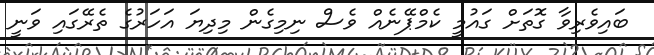
ބައިވެރިވާ ގޮތަށް ގައުމީ ކެމްޕޭނެއް ވެސް ނިމިގެން މިދިޔަ އަހަރުގެ ތެރޭގައި ވަނީ